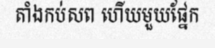
តាំងកប់សព ហើយមួយផ្នែក